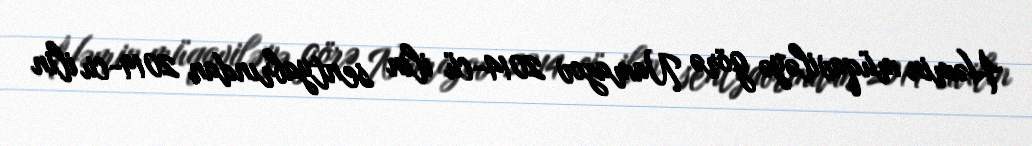
Həmin müqaviləyə görə Namazov 2014-cü ilin sentyabrından 2019-cu ilin